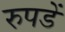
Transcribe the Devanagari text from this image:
रुपडें